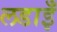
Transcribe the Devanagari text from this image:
लडाइँ